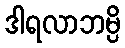
ဒါရလာဘမ္ပိ